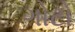
ગોટો